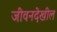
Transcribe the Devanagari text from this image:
जीवनदेखील